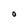
Character: O